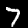
Digit: 7